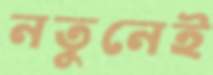
নতুনেই